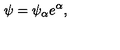
\psi = \psi _ { \alpha } e ^ { \alpha } ,